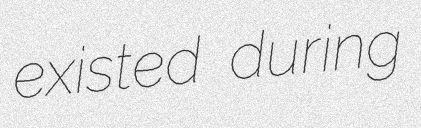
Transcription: existed during